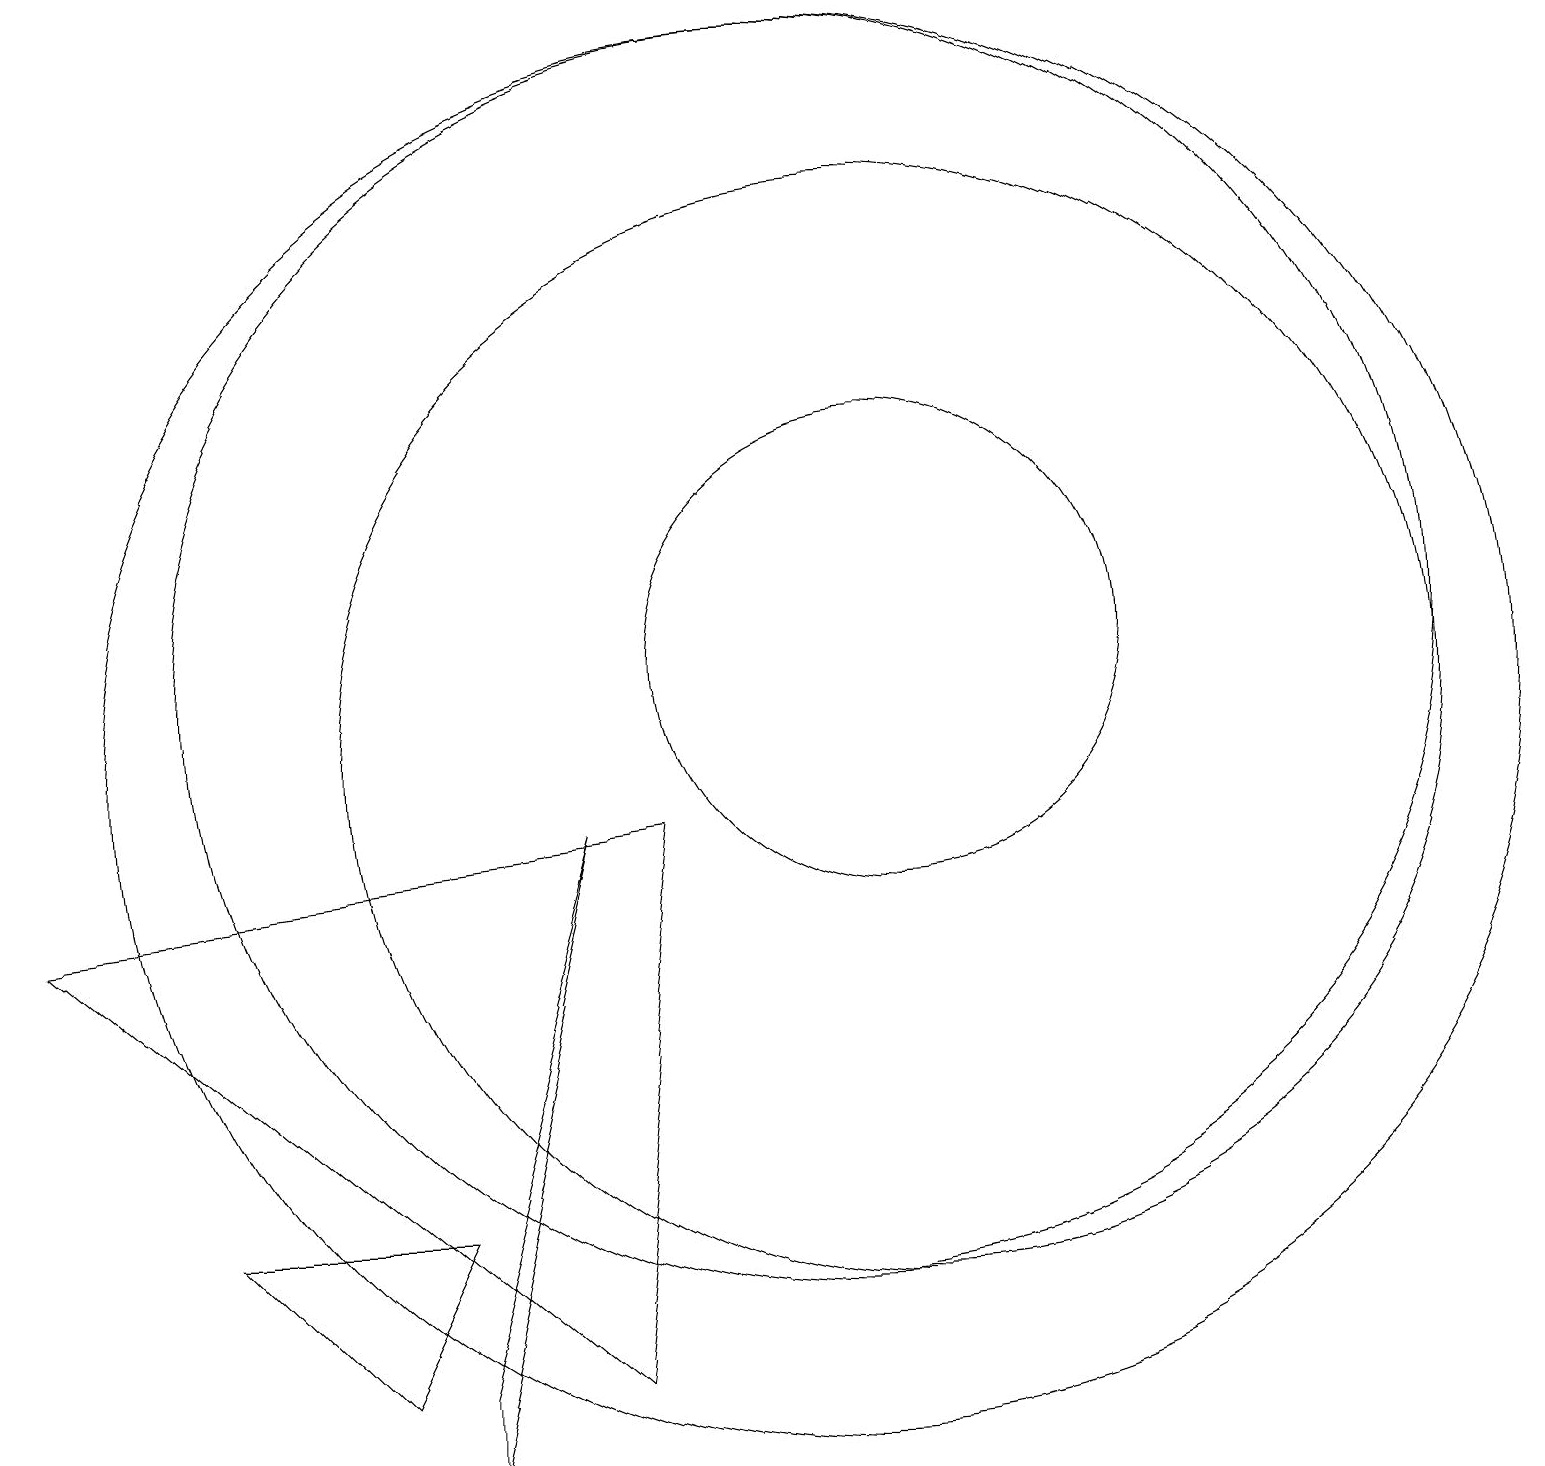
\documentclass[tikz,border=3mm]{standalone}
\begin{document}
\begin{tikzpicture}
\draw (4,2) -- (5,4) -- (2,4) -- cycle;
\draw (5,1) -- (7,9) -- (5,2) -- cycle;
\draw (11,11) circle (3);
\draw (0,8) -- (8,9) -- (7,2) -- cycle;
\draw (11,10) circle (7);
\draw (10,10) circle (9);
\draw (10,11) circle (8);
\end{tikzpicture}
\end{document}